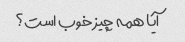
آیا همه چیز خوب است؟